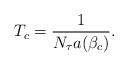
\begin{align*}T_c = {1\over{N_\tau a(\beta_c)}}.\end{align*}